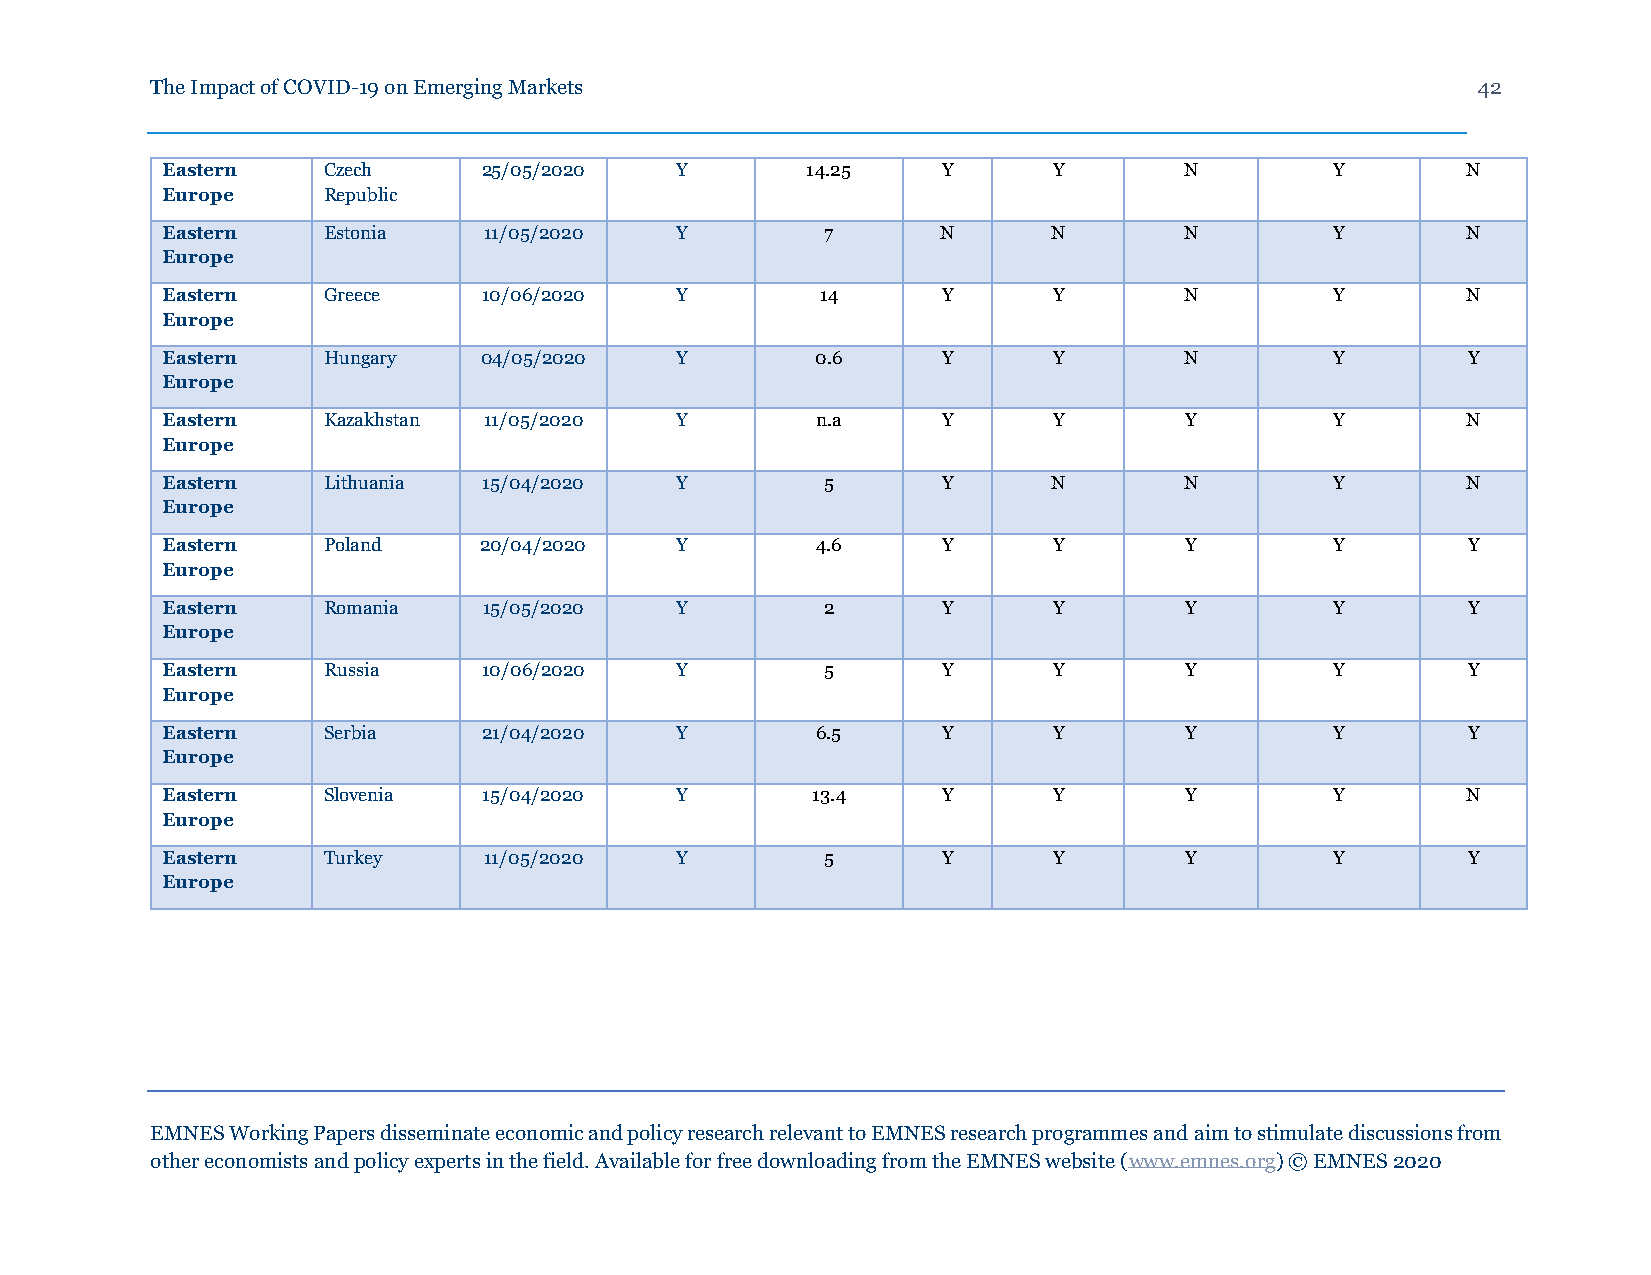
The Impact of COVID-19 on Emerging Markets                                              42
 Eastern   Czech      25/05/2020   Y       14.25    Y       Y       N         Y        N
 Europe    Republic
 Eastern   Estonia    11/05/2020   Y         7      N       N       N         Y        N
 Europe
 Eastern   Greece     10/06/2020   Y        14      Y       Y       N         Y        N
 Europe
 Eastern   Hungary    04/05/2020   Y        0.6     Y       Y       N         Y        Y
 Europe
 Eastern   Kazakhstan 11/05/2020   Y        n.a     Y       Y       Y         Y        N
 Europe
 Eastern   Lithuania  15/04/2020   Y         5      Y       N       N         Y        N
 Europe
 Eastern   Poland     20/04/2020   Y        4.6     Y       Y       Y         Y        Y
 Europe
 Eastern   Romania    15/05/2020   Y         2      Y       Y       Y         Y        Y
 Europe
 Eastern   Russia     10/06/2020   Y         5      Y       Y       Y         Y        Y
 Europe
 Eastern   Serbia     21/04/2020   Y        6.5     Y       Y       Y         Y        Y
 Europe
 Eastern   Slovenia   15/04/2020   Y        13.4    Y       Y       Y         Y        N
 Europe
 Eastern   Turkey     11/05/2020   Y         5      Y       Y       Y         Y        Y
 Europe
 EMNES Working Papers disseminate economic and policy research relevant to EMNES research programmes and aim to stimulate discussions from
 other economists and policy experts in the field. Available for free downloading from the EMNES website (www.emnes.org) © EMNES 2020